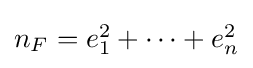
{\textstyle n_{F}=e_{1}^{2}+\dots +e_{n}^{2}}